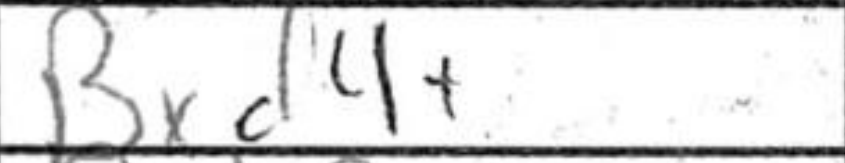
Transcription: Bxd4+